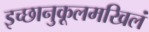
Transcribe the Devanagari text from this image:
इच्छानुकूलमखिलं